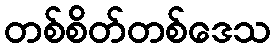
တစ်စိတ်တစ်ဒေသ